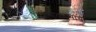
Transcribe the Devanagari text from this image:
रंगकामाचा